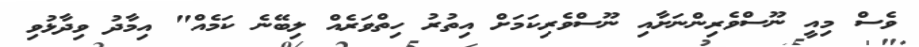
ވެސް މިއީ ނޫސްވެރިންނަށާއި ނޫސްވެރިކަމަށް އިތުރު ހިތްވަރެއް ލިބޭނެ ކަމެއް" އިމާދު ވިދާޅުވި